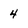
Character: 4